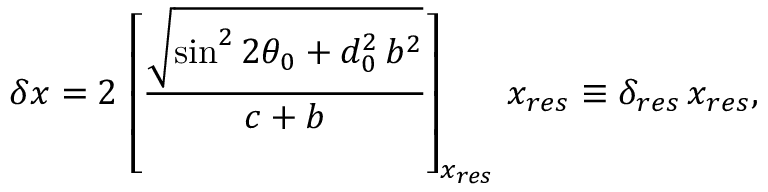
\delta x = 2 \, \left[ \frac { \sqrt { \sin ^ { 2 } 2 \theta _ { 0 } + d _ { 0 } ^ { 2 } \, b ^ { 2 } } } { c + b } \right] _ { x _ { r e s } } \, x _ { r e s } \equiv \delta _ { r e s } \, x _ { r e s } ,